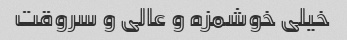
خیلی خوشمزه و عالی و سروقت